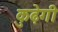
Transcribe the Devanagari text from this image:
कुढ़ेगी